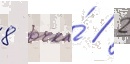
8 очка́ / 2